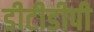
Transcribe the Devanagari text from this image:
डीटीडीपी